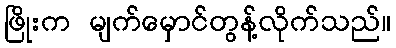
ဖြိုးက မျက်မှောင်တွန့်လိုက်သည်။